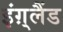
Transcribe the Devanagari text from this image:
इंग़्लैंड